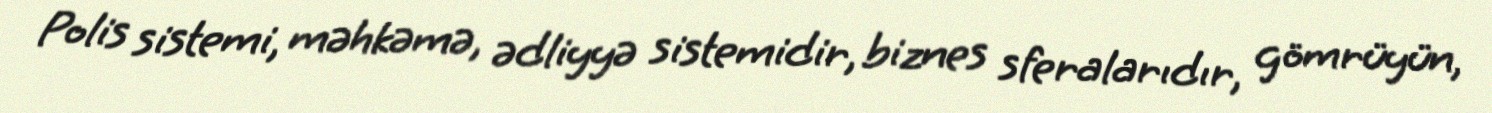
Polis sistemi, məhkəmə, ədliyyə sistemidir, biznes sferalarıdır, gömrüyün,